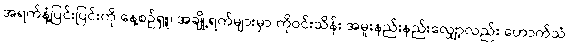
အရက်နံ့ပြင်းပြင်းကို နေ့စဉ်ရှူ၊ အချို့ရက်များမှာ ကိုဝင်းသိန်း အမူးနည်းနည်းလျှော့လည်း ဟောက်သံ